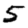
Digit: 5